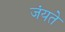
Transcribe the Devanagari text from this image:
जंयते